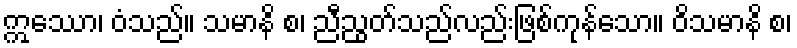
ဣေဿာ၊ ဝံသည်။ သမာနိ စ၊ ညီညွတ်သည်လည်းဖြစ်ကုန်သော။ ဝိသမာနိ စ၊